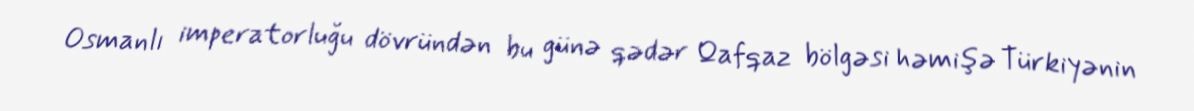
Osmanlı imperatorluğu dövründən bu günə qədər Qafqaz bölgəsi həmişə Türkiyənin